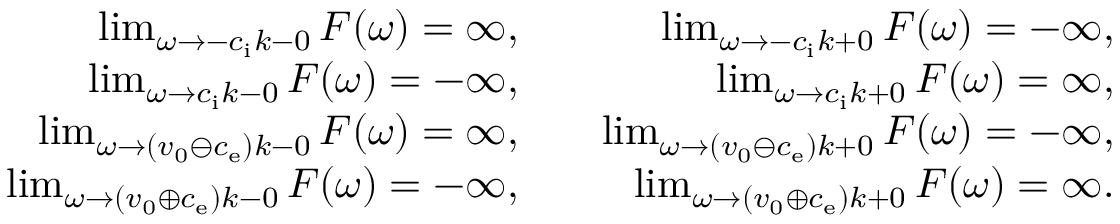
\begin{array} { r l r } { \operatorname* { l i m } _ { \omega \rightarrow - c _ { \mathrm { i } } k - 0 } F ( \omega ) = \infty , } & { } & { \operatorname* { l i m } _ { \omega \rightarrow - c _ { \mathrm { i } } k + 0 } F ( \omega ) = - \infty , } \\ { \operatorname* { l i m } _ { \omega \rightarrow c _ { \mathrm { i } } k - 0 } F ( \omega ) = - \infty , } & { } & { \operatorname* { l i m } _ { \omega \rightarrow c _ { \mathrm { i } } k + 0 } F ( \omega ) = \infty , } \\ { \operatorname* { l i m } _ { \omega \rightarrow ( v _ { 0 } \ominus c _ { \mathrm { e } } ) k - 0 } F ( \omega ) = \infty , } & { } & { \operatorname* { l i m } _ { \omega \rightarrow ( v _ { 0 } \ominus c _ { \mathrm { e } } ) k + 0 } F ( \omega ) = - \infty , } \\ { \operatorname* { l i m } _ { \omega \rightarrow ( v _ { 0 } \oplus c _ { \mathrm { e } } ) k - 0 } F ( \omega ) = - \infty , } & { } & { \operatorname* { l i m } _ { \omega \rightarrow ( v _ { 0 } \oplus c _ { \mathrm { e } } ) k + 0 } F ( \omega ) = \infty . } \end{array}